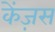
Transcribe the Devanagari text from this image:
केंज़स